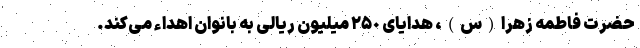
حضرت فاطمه زهرا(س)، هدایای ٢۵٠ میلیون ریالی به بانوان اهداء می‌کند.